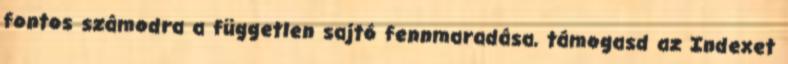
fontos számodra a független sajtó fennmaradása, támogasd az Indexet